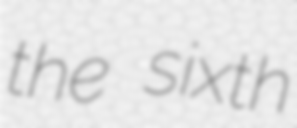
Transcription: the sixth